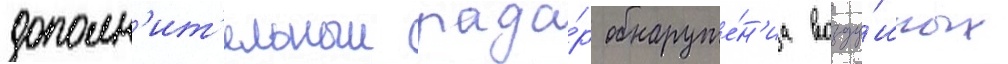
дополн'ит'ельныи рада́р обнаруже́н'иа возду́шных